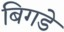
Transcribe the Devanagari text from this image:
बिगडे